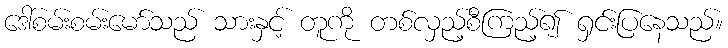
ဒေါ်စမ်းစမ်းမော်သည် သားနှင့် တူကို တစ်လှည့်စီကြည့်၍ ရှင်းပြနေသည်။